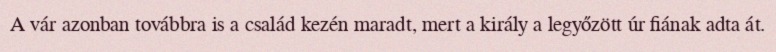
A vár azonban továbbra is a család kezén maradt, mert a király a legyőzött úr fiának adta át.